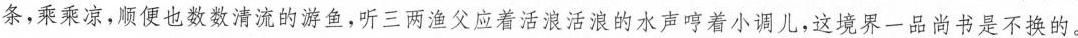
条，乘乘凉，顺便也数数清流的游鱼，听三两渔父，应着活浪活浪的水声，哼着小调儿，这境界一品尚书是不换的。